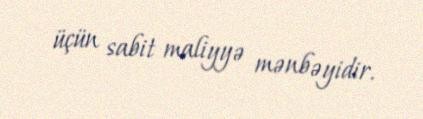
üçün sabit maliyyə mənbəyidir.